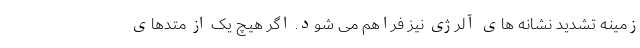
زمینه تشدید نشانه های آلرژی نیز فراهم می شود. اگر هیچ یک از متدهای